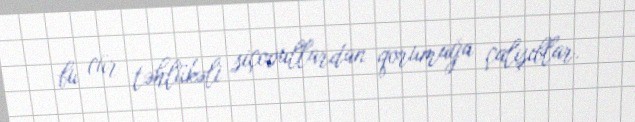
bu cür təhlükəli siçovullardan qorumağa çalışıblar.